Lunatic asylums Central Provinces reports 1895-1909 - 1895-1909
Year: 1895
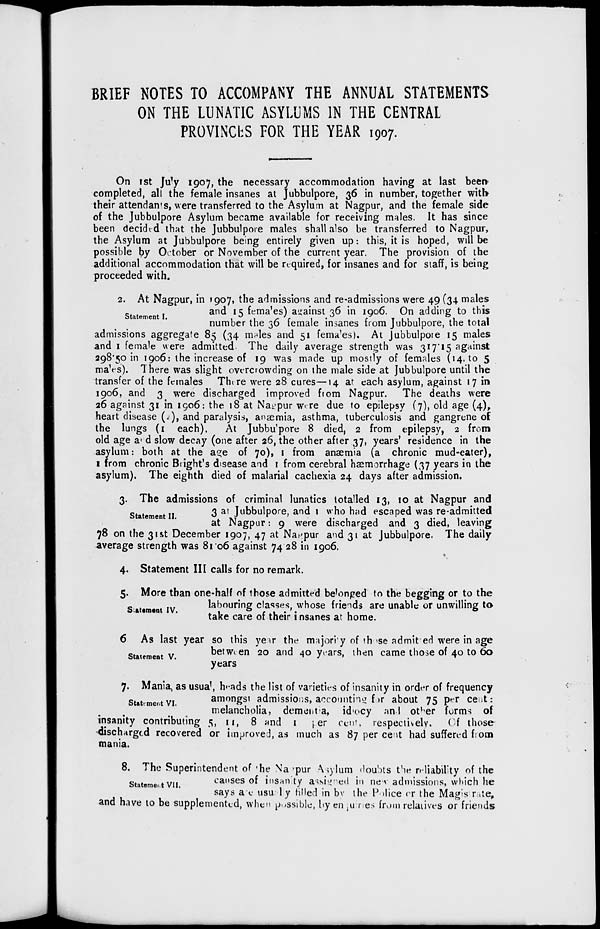
BRIEF NOTES TO ACCOMPANY THE ANNUAL STATEMENTS
ON THE LUNATIC ASYLUMS IN THE CENTRAL
PROVINCES FOR THE YEAR 1907.
On 1st July 1907, the necessary accommodation having at last been
completed, all the female insanes at Jubbulpore, 36 in number, together with
their attendants, were transferred to the Asylum at Nagpur, and the female side
of the Jubbulpore Asylum became available for receiving males. It has since
been decided that the Jubbulpore males shall also be transferred to Nagpur,
the Asylum at Jubbulpore being entirely given up: this, it is hoped, will be
possible by October or November of the current year. The provision of the
additional accommodation that will be required, for insanes and for staff, is being
proceeded with.
Statement I.
2. At Nagpur, in 1907, the admissions and re-admissions were 49(34 males
and 15 females) against 36 in 1906. On adding to this
number the 36 female insanes from Jubbulpore, the total
admissions aggregate 85 (34 males and 51 females). At Jubbulpore 15 males
and 1 female were admitted. The daily average strength was 317.15 against
298.50 in 1906: the increase of 19 was made up mostly of females (14, to 5
males). There was slight overcrowding on the male side at Jubbulpore until the
transfer of the females There were 28 cures—14 at each asylum, against 17 in
1906, and 3 were discharged improved from Nagpur. The deaths were
26 against 31 in 1906: the 18 at Nagpur were due to epilepsy (7), old age (4),
heart disease (2), and paralysis, anæmia, asthma, tuberculosis and gangrene of
the lungs (1 each).
At Jubbulpore 8 died, 2 from epilepsy, 2 from
old age and slow decay (one after 26, the other after 37, years' residence in the
asylum: both at the age of 70), 1 from anæmia (a chronic mud-eater),
1 from chronic Bright's disease and 1 from cerebral hæmorrhage (37 years in the
asylum). The eighth died of malarial cachexia 24 days after admission.
Statement II.
3. The admissions of criminal lunatics totalled 13, 10 at Nagpur and
3 at Jubbulpore, and 1 who had escaped was re-admitted
at Nagpur: 9 were discharged and 3 died, leaving
78 on the 31st December 1907, 47 at Nagpur and 31 at Jubbulpore. The daily
average strength was 81.06 against 74.28 in 1906.
4. Statement III calls for no remark.
Statement IV.
5. More than one-half of those admitted belonged to the begging or to the
labouring classes, whose friends are unable or unwilling to
take care of their i nsanes at home.
Statement V.
6 As last year so this year the majority of those admitted were in age
between 20 and 40 years, then came those of 40 to 60
years
Statement VI.
7. Mania as usual, heads the list of varieties of insanity in order of frequency
amongst admissions, accounting for about 75 per cent:
melancholia, dementia, idiocy and other forms of
insanity contributing 5, 11, 8 and 1 per cent, respectively. Of those
Oischarged recovered or improved, as much as 87 per cent had suffered from
mania.
Statement VII.
8. The Superintendent of the Nagpur Asylum doubts the reliability of the
causes of insanity assignted in new admissions, which he
says
are
usualy filled in by the Police or the Magistrate,
and have to be supplemented, when possible, by enjuries from relatives or friends